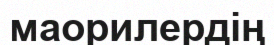
маорилердің